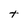
Character: t